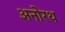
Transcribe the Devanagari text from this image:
अनोरथ